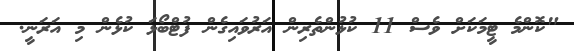
"ކޮންމެ ޓީމަކަށް ވެސް 11 ކުޅުންތެރިން އަރުވައިގެން ފުޓްބޯޅަ ކުޅެން މި އަރަނީ.